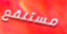
مستنقع